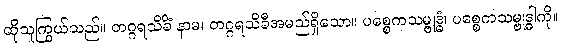
ထိုသူကြွယ်သည်။ တဂ္ဂရသိခိံ နာမ၊ တဂ္ဂရသိခီအမည်ရှိသော။ ပစ္စေကသမ္ဗုဒ္ဓံ၊ ပစ္စေကသမ္ဗုဒ္ဓါကို။